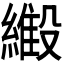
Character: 𬗿